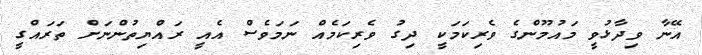
އޭނާ ވިދާޅުވީ މައުމޫންގެ ވެރިކަމަކީ ދިގު ވެރިކަމެއް ނަމަވެސް އެއީ ރައްޔިތުންނަށް ތަރައްގީ